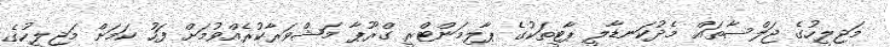
މަޖިލީހުގެ ޖަލްސާތައް މެދުކަނޑާލީ ޕާޓީތަކުގެ ޕާލިމަންޓްރީ ގްރޫޕާ މަޝްވަރާކުރެއްވުމަށް ފަހު ކަމަށް މަޖިލީހުގެ